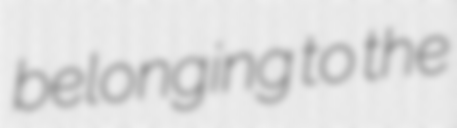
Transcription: belonging to the